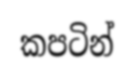
කපටින්